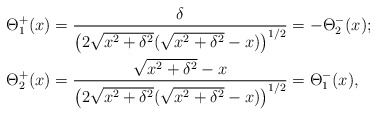
\begin{align*} \Theta_1^+(x) &= \dfrac{\delta}{\left(2\sqrt{x^2+\delta^2}(\sqrt{x^2+\delta^2}-x)\right)^{1/2}}= -\Theta_2^-(x) ;\\ \Theta_2^+(x)& = \dfrac{\sqrt{x^2+\delta^2}-x}{\left(2\sqrt{x^2+\delta^2}(\sqrt{x^2+\delta^2}-x)\right)^{1/2}}=\Theta_1^-(x),\end{align*}